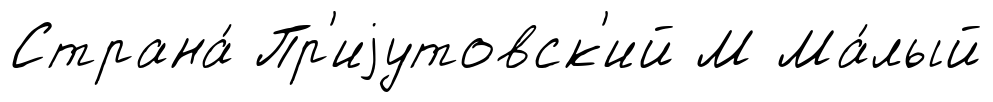
Страна́ Пр'иjутовск'ий М Ма́лый